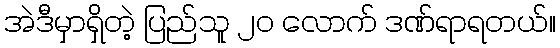
အဲဒီမှာရှိတဲ့ ပြည်သူ ၂၀ လောက် ဒဏ်ရာရတယ်။